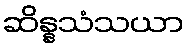
ဆိန္နသံသယာ